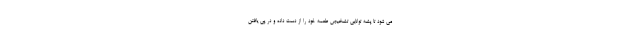
می شود تا پشه توانایی تشخیص طعمه خود را از دست داده و در پی یافتن